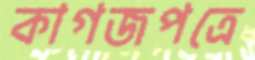
কাগজপত্রে